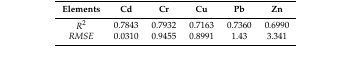
| Elements | Cd | Cr | Cu | Pb | Zn |
 | --- | --- | --- | --- | --- | --- |
 | R2 | 0.7843 | 0.7932 | 0.7163 | 0.7360 | 0.6990 |
 | RMSE | 0.0310 | 0.9455 | 0.8991 | 1.43 | 3.341 |